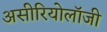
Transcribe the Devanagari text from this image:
असीरियोलॉजी